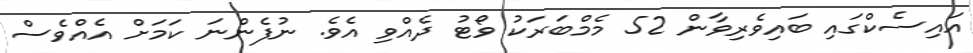
އައިސެކްގައި ބައިވެރިވާން 52 މެމްބަރަކު ވޯޓު ދެއްވި އެވެ. ނުފެންނަ ކަމަށް އެއްވެސް